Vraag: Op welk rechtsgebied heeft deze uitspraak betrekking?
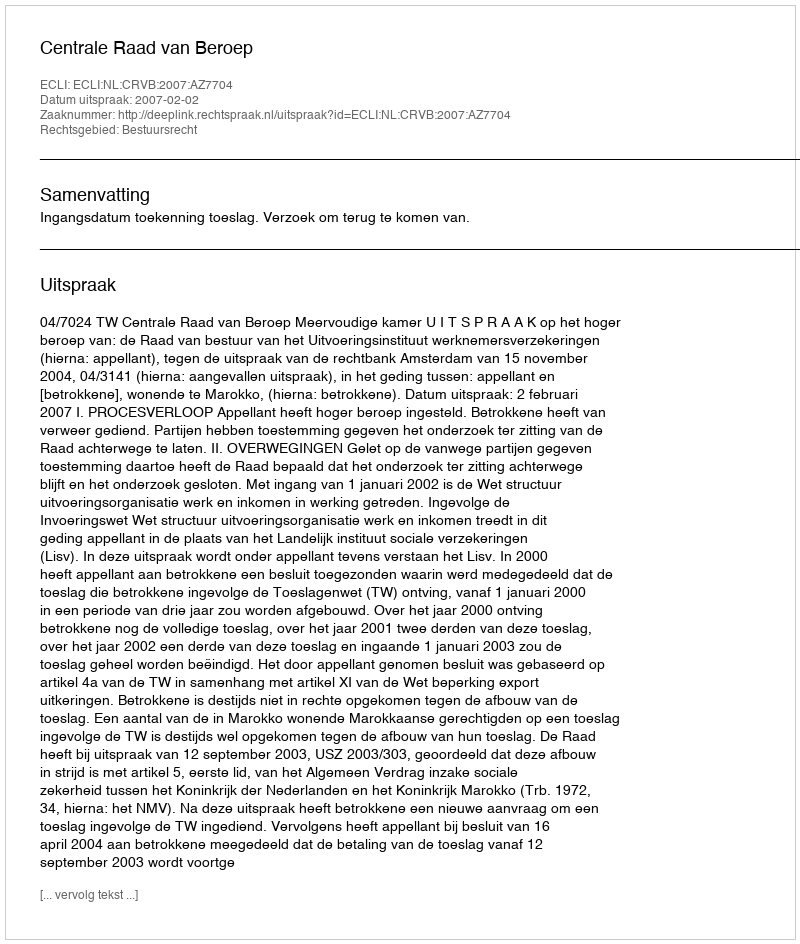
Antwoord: Bestuursrecht